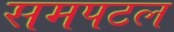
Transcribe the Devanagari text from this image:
समपटल